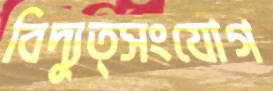
বিদ্যুত্সংযোগ